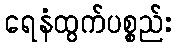
ရေနံထွက်ပစ္စည်း